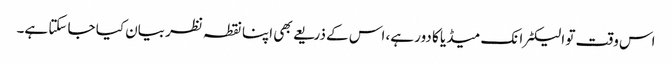
اس وقت تو الیکٹرانک میڈیا کا دور ہے، اس کے ذریعے بھی اپنا نقطہ نظر بیان کیا جا سکتا ہے۔